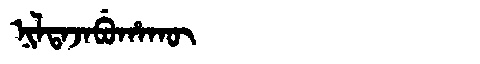
Manchu: ᠨᡳᠯᡨᠠᠵᠠᠪᡠᡥᠠᡴᡡ
Romanization: NILTAJABUHAKŪ